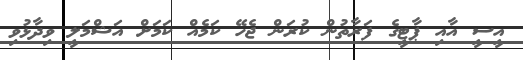
އީސީ އާއި ޕާޓީގެ ފަރާތުން ކުރަން ޖެހޭ ކަމެއް ކަމަށް އަޝްމަލީ ވިދާޅުވި